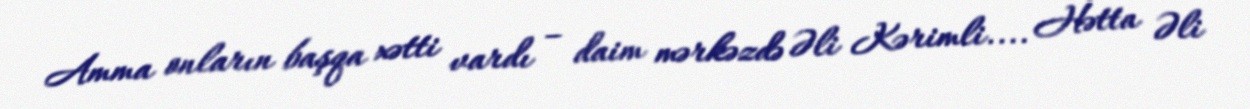
Amma onların başqa xətti vardı – daim mərkəzdə Əli Kərimli.... Hətta Əli